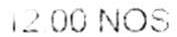
12.00 NOS